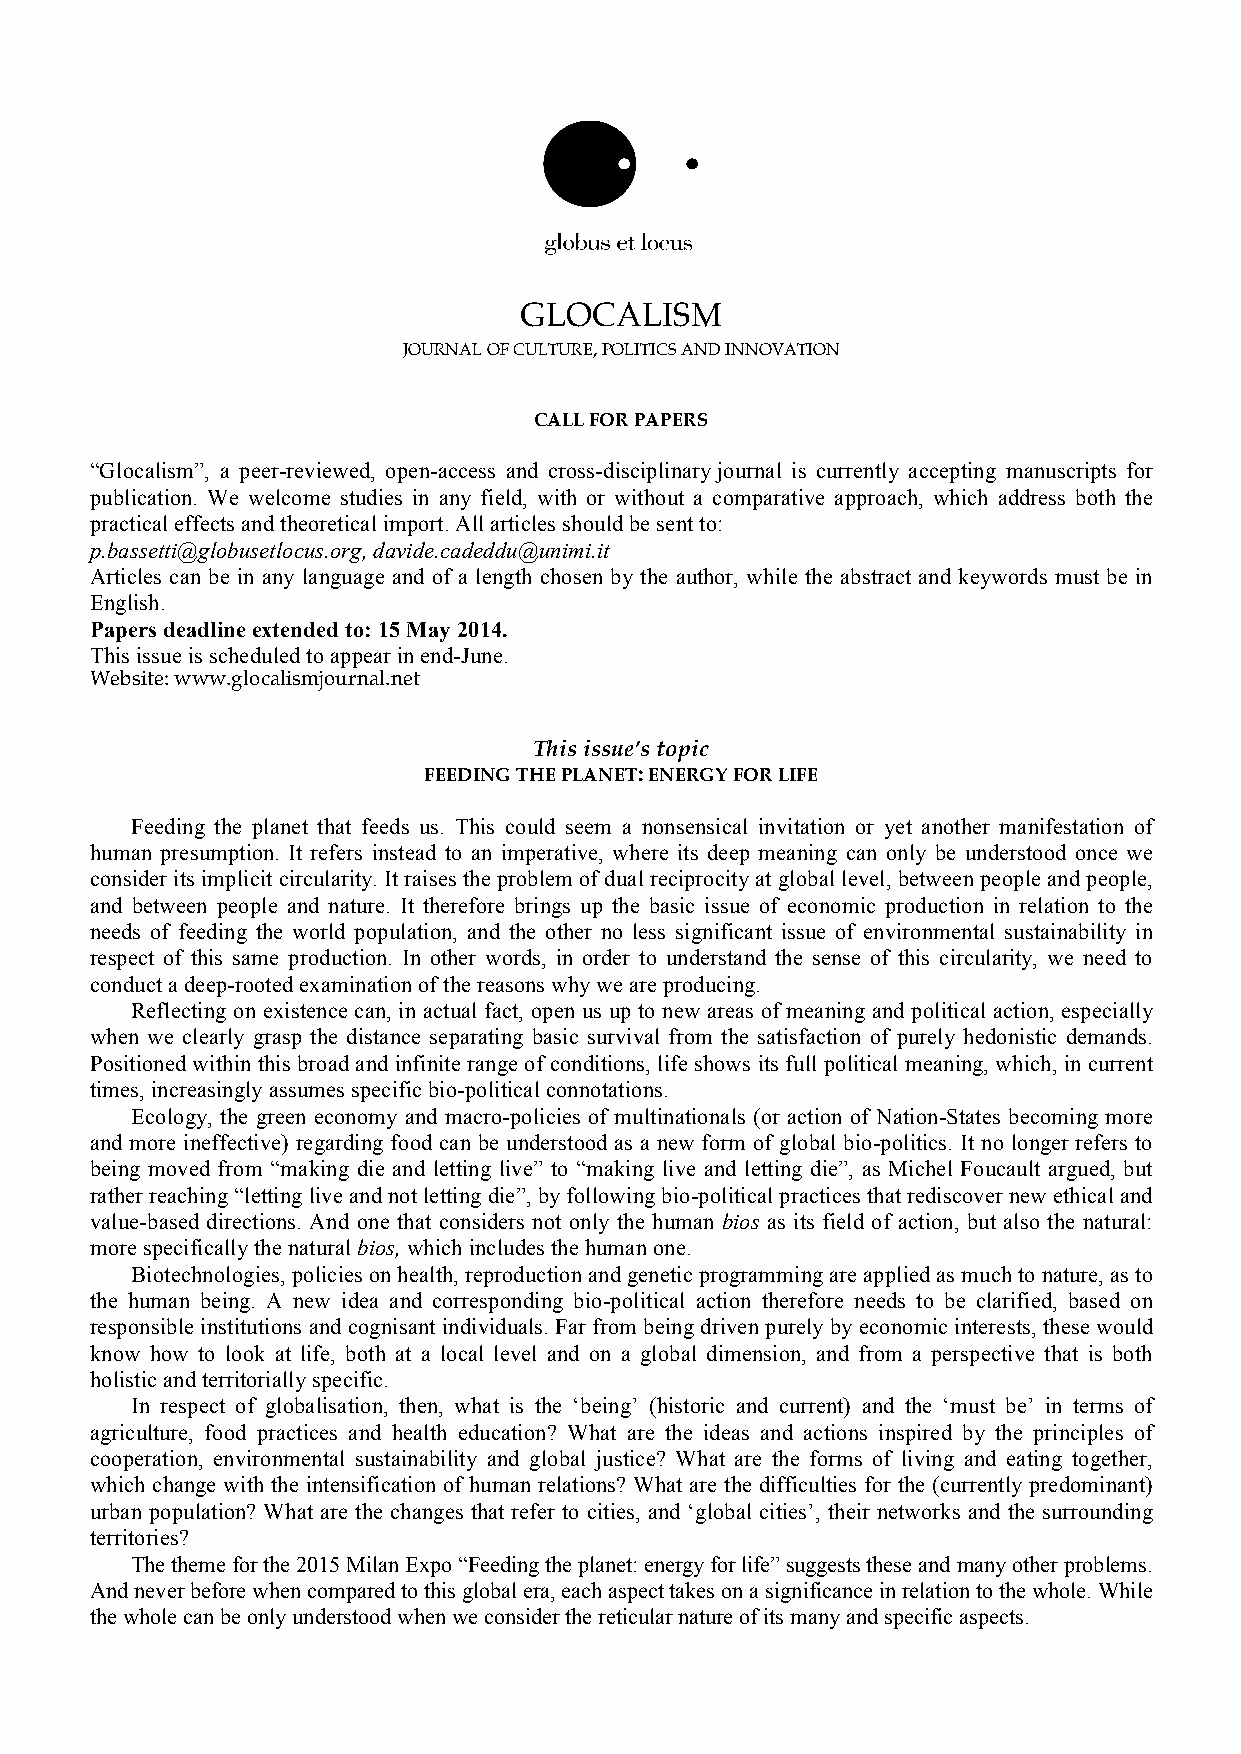
GLOCALISM
 JOURNAL OF CULTURE, POLITICS AND INNOVATION
 CALL FOR PAPERS
 “Glocalism”, a peer-reviewed, open-access and cross-disciplinary journal is currently accepting manuscripts for
 publication. We welcome studies in any field, with or without a comparative approach, which address both the
 practical effects and theoretical import. All articles should be sent to:
 p.bassetti@globusetlocus.org, davide.cadeddu@unimi.it
 Articles can be in any language and of a length chosen by the author, while the abstract and keywords must be in
 English.
 Papers deadline extended to: 15 May 2014.
 This issue is scheduled to appear in end-June.
 Website: www.glocalismjournal.net
 This issue’s topic
 FEEDING THE PLANET: ENERGY FOR LIFE
 Feeding the planet that feeds us. This could seem a nonsensical invitation or yet another manifestation of
 human presumption. It refers instead to an imperative, where its deep meaning can only be understood once we
 consider its implicit circularity. It raises the problem of dual reciprocity at global level, between people and people,
 and between people and nature. It therefore brings up the basic issue of economic production in relation to the
 needs of feeding the world population, and the other no less significant issue of environmental sustainability in
 respect of this same production. In other words, in order to understand the sense of this circularity, we need to
 conduct a deep-rooted examination of the reasons why we are producing.
 Reflecting on existence can, in actual fact, open us up to new areas of meaning and political action, especially
 when we clearly grasp the distance separating basic survival from the satisfaction of purely hedonistic demands.
 Positioned within this broad and infinite range of conditions, life shows its full political meaning, which, in current
 times, increasingly assumes specific bio-political connotations.
 Ecology, the green economy and macro-policies of multinationals (or action of Nation-States becoming more
 and more ineffective) regarding food can be understood as a new form of global bio-politics. It no longer refers to
 being moved from “making die and letting live” to “making live and letting die”, as Michel Foucault argued, but
 rather reaching “letting live and not letting die”, by following bio-political practices that rediscover new ethical and
 value-based directions. And one that considers not only the human bios as its field of action, but also the natural:
 more specifically the natural bios, which includes the human one.
 Biotechnologies, policies on health, reproduction and genetic programming are applied as much to nature, as to
 the human being. A new idea and corresponding bio-political action therefore needs to be clarified, based on
 responsible institutions and cognisant individuals. Far from being driven purely by economic interests, these would
 know how to look at life, both at a local level and on a global dimension, and from a perspective that is both
 holistic and territorially specific.
 In respect of globalisation, then, what is the ‘being’ (historic and current) and the ‘must be’ in terms of
 agriculture, food practices and health education? What are the ideas and actions inspired by the principles of
 cooperation, environmental sustainability and global justice? What are the forms of living and eating together,
 which change with the intensification of human relations? What are the difficulties for the (currently predominant)
 urban population? What are the changes that refer to cities, and ‘global cities’, their networks and the surrounding
 territories?
 The theme for the 2015 Milan Expo “Feeding the planet: energy for life” suggests these and many other problems.
 And never before when compared to this global era, each aspect takes on a significance in relation to the whole. While
 the whole can be only understood when we consider the reticular nature of its many and specific aspects.